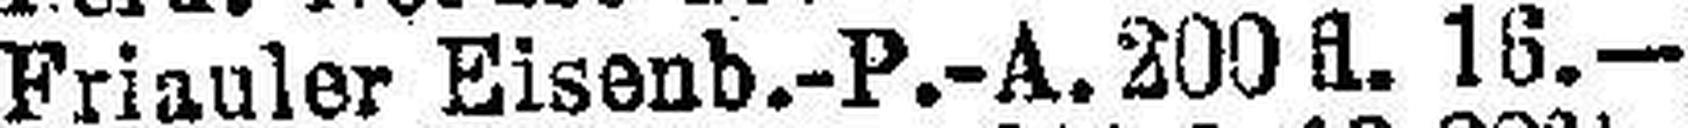
Friauler Eisenb.-P.-A. 200 fl. 16.—